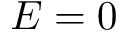
E = 0